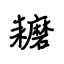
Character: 耱